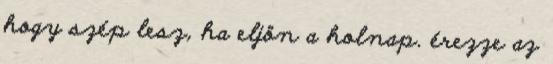
hogy szép lesz, ha eljön a holnap. érezze az